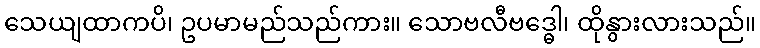
သေယျထာကပိ၊ ဥပမာမည်သည်ကား။ သောဗလီဗဒ္ဓေါ၊ ထိုနွားလားသည်။